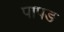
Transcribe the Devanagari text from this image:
पापङ